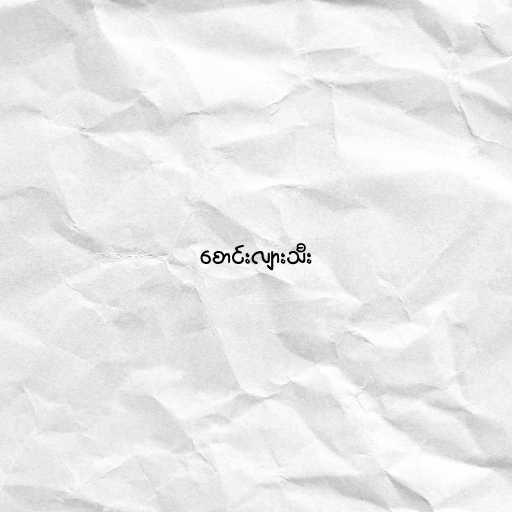
စောင်းလျားသီး